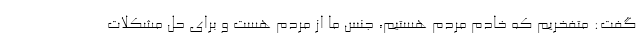
گفت: متفخریم که خادم مردم هستیم، جنس ما از مردم هست و برای حل مشکلات